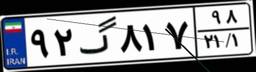
۹۲گ۸۱۷۹۸